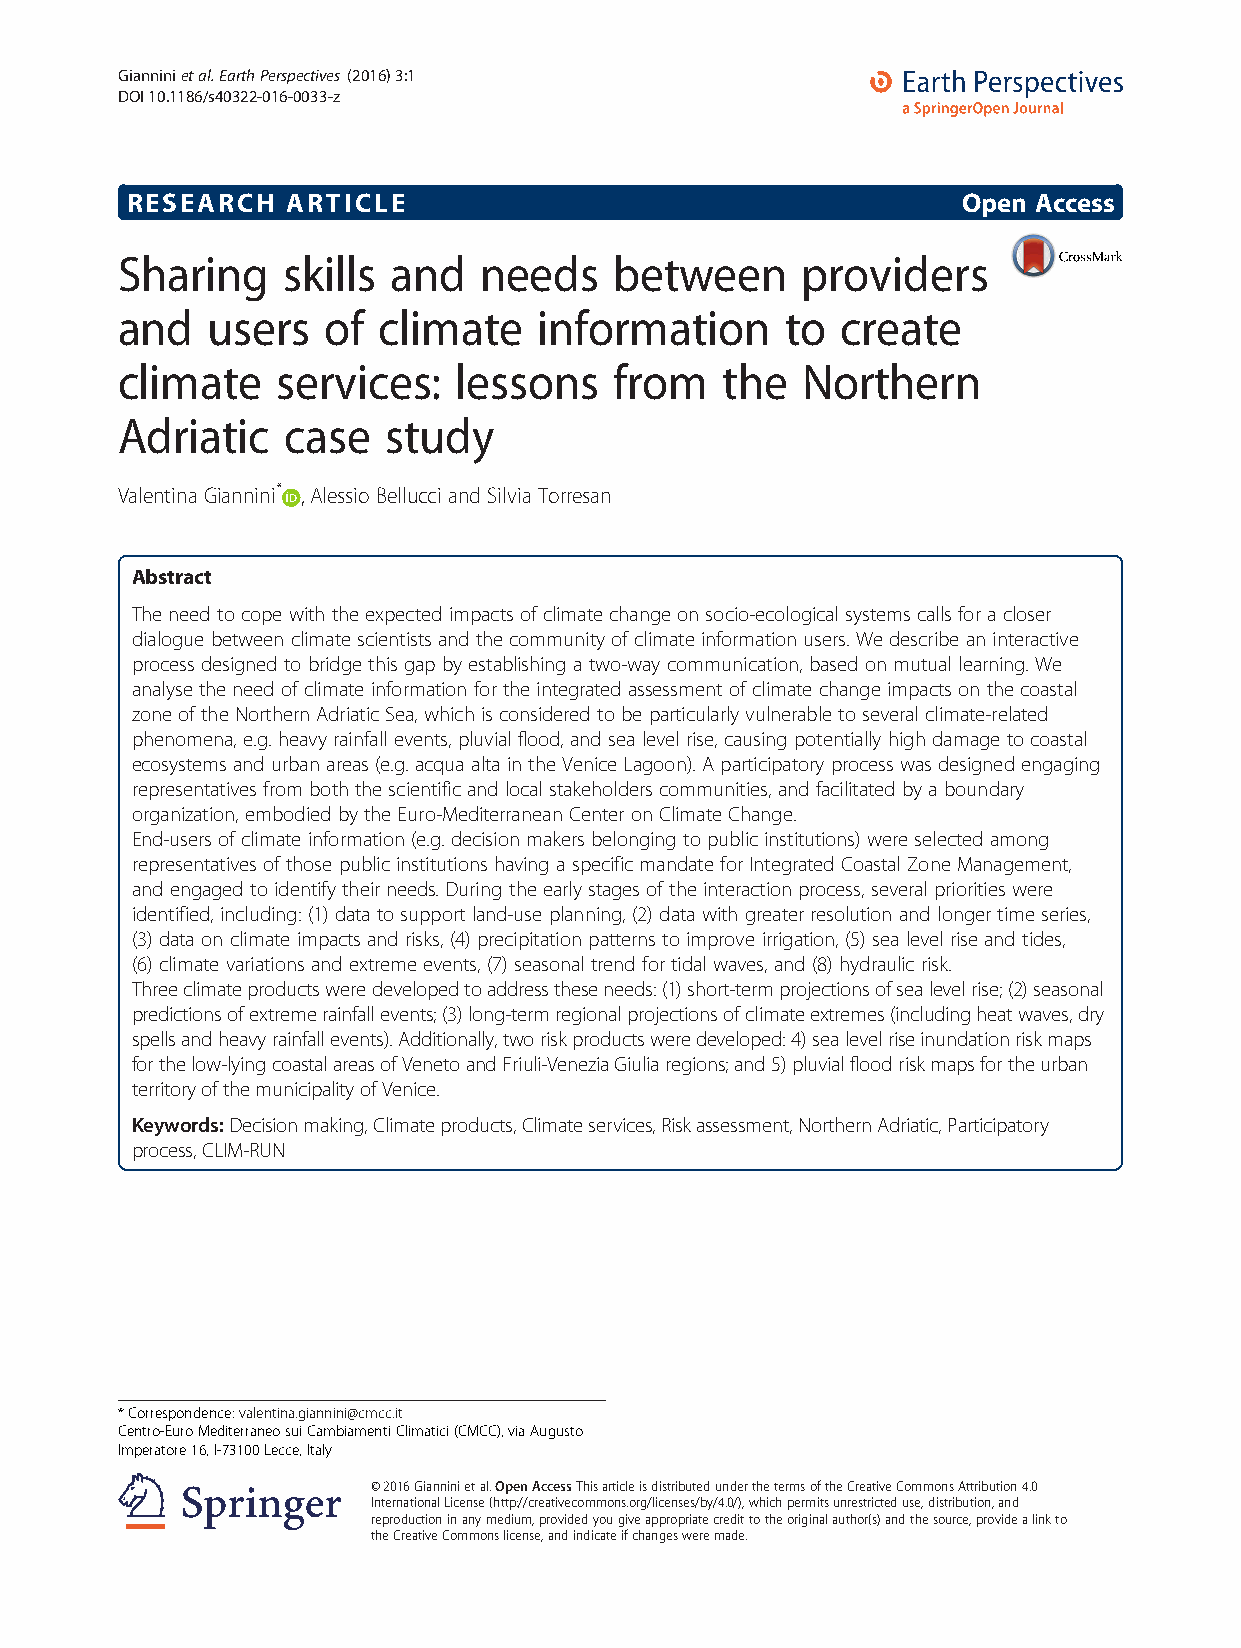
Gianninietal.EarthPerspectives (2016) 3:1
 DOI10.1186/s40322-016-0033-z
 RESEARCH   ARTICLE                                      Open Access
 Sharing    skills and   needs    between     providers
 and   users  of  climate    information     to  create
 climate   services:   lessons    from   the  Northern
 Adriatic   case  study
 Valentina Giannini* , Alessio Bellucci and Silvia Torresan
 Abstract
 The need to cope withtheexpected impacts of climate change onsocio-ecological systemscalls for a closer
 dialogue between climatescientistsand thecommunityof climate informationusers. We describe aninteractive
 process designed to bridge this gap by establishing a two-way communication, based onmutual learning. We
 analyse theneed ofclimate information for theintegrated assessment of climate change impacts onthe coastal
 zone ofthe Northern Adriatic Sea, which is considered to be particularlyvulnerable to several climate-related
 phenomena, e.g. heavy rainfall events, pluvial flood, and sea level rise, causing potentially high damage to coastal
 ecosystems and urbanareas(e.g. acqua alta inthe Venice Lagoon). A participatory process was designedengaging
 representatives from both thescientificand local stakeholders communities, and facilitated bya boundary
 organization, embodiedby the Euro-Mediterranean Center onClimate Change.
 End-users of climate information(e.g. decision makers belonging to public institutions) were selected among
 representatives ofthosepublic institutions having a specific mandatefor Integrated Coastal Zone Management,
 and engaged to identify their needs. During the early stages of theinteractionprocess, several priorities were
 identified, including: (1)data to supportland-use planning, (2)data with greater resolution and longer time series,
 (3)data on climate impacts and risks, (4)precipitation patterns to improveirrigation, (5) sea level rise and tides,
 (6)climate variations and extreme events, (7)seasonal trend for tidal waves, and (8) hydraulic risk.
 Threeclimateproductsweredevelopedtoaddresstheseneeds:(1)short-termprojectionsofsealevelrise;(2)seasonal
 predictionsofextremerainfallevents;(3)long-termregionalprojectionsofclimateextremes(includingheatwaves,dry
 spellsandheavyrainfallevents).Additionally,tworiskproductsweredeveloped:4)sealevelriseinundationriskmaps
 forthelow-lyingcoastalareasofVenetoandFriuli-VeneziaGiuliaregions;and5)pluvialfloodriskmapsfortheurban
 territoryofthemunicipalityofVenice.
 Keywords:Decisionmaking,Climateproducts,Climateservices,Riskassessment,NorthernAdriatic,Participatory
 process,CLIM-RUN
 *Correspondence:valentina.giannini@cmcc.it
 Centro-EuroMediterraneosuiCambiamentiClimatici(CMCC),viaAugusto
 Imperatore16,I-73100Lecce,Italy
 ©2016Gianninietal.OpenAccessThisarticleisdistributedunderthetermsoftheCreativeCommonsAttribution4.0
 InternationalLicense(http://creativecommons.org/licenses/by/4.0/),whichpermitsunrestricteduse,distribution,and
 reproductioninanymedium,providedyougiveappropriatecredittotheoriginalauthor(s)andthesource,providealinkto
 theCreativeCommonslicense,andindicateifchangesweremade.